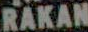
RAKAN